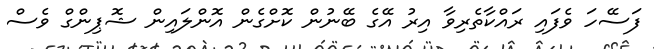
ފަސޭހަ ވެފައި ރައްކާތެރިވާ އިރު އޭގެ ބޭނުން ކޮށްގެން އޮންލައިން ޝޮޕިންގް ވެސް